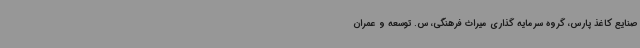
صنایع کاغذ پارس، گروه سرمایه گذاری میراث فرهنگی، س. توسعه و عمران